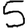
Digit: 5